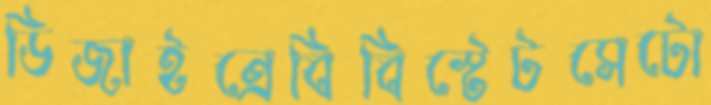
ডিজাইন্রেবিবিস্টেটসেটো